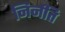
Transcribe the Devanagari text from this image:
निर्नति